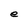
Character: e